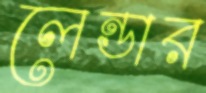
লেন্ডার